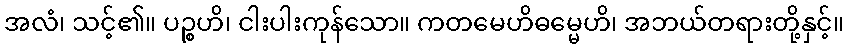
အလံ၊ သင့်၏။ ပဉ္စဟိ၊ ငါးပါးကုန်သော။ ကတမေဟိဓမ္မေဟိ၊ အဘယ်တရားတို့နှင့်။